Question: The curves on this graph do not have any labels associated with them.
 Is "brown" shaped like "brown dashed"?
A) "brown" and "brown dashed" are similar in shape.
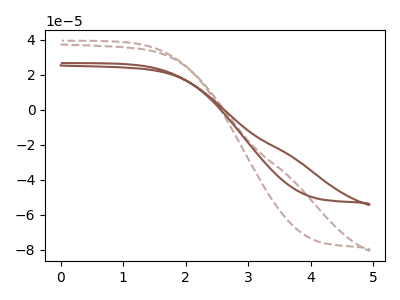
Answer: <think>The brown dashed curve "brown dashed" has no peaks. The brown curve "brown" has no peaks.
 Neither "brown" or "brown dashed" have any peaks.</think>
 <answer>A) "brown" and "brown dashed" are similar in shape.</answer>
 <eval>A</eval>